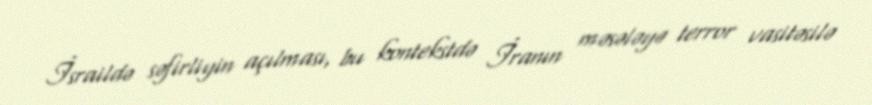
İsraildə səfirliyin açılması, bu kontekstdə İranın məsələyə terror vasitəsilə